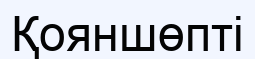
Қояншөпті